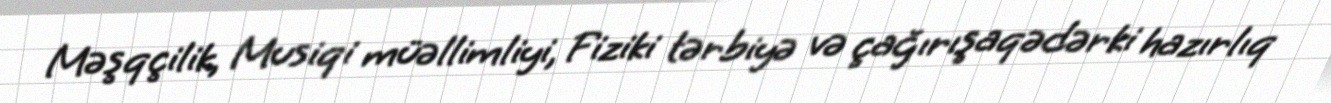
Məşqçilik, Musiqi müəllimliyi, Fiziki tərbiyə və çağırışaqədərki hazırlıq